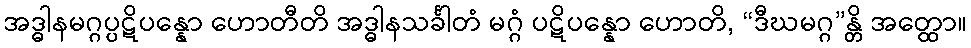
အဒ္ဓါနမဂ္ဂပ္ပဋိပန္နော ဟောတီတိ အဒ္ဓါနသင်္ခါတံ မဂ္ဂံ ပဋိပန္နော ဟောတိ, “ဒီဃမဂ္ဂ”န္တိ အတ္ထော။